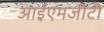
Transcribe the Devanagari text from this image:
आईएमजीटी